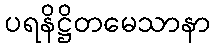
ပရနိဋ္ဌိတမေသာနာ